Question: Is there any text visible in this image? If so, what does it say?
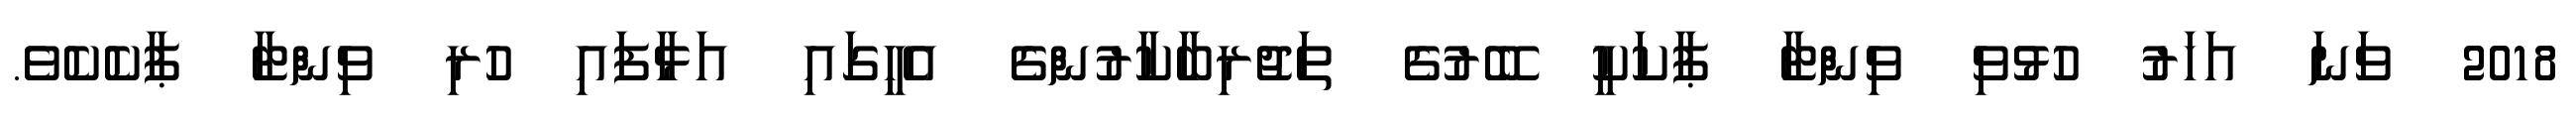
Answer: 2018 ވަނަ އަހަރު ހުޅުވި ވިންޓާ ޕާކަކީ ބޭރުގެ ތަޖުރިބާކާރުންގެ އެހީގައި އަޅާފައި ހުރި ވިންޓާ ޕާކެކެވެ.